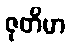
ဇုတိမာ